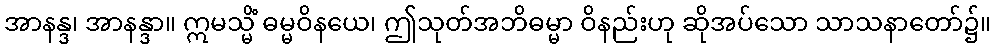
အာနန္ဒ၊ အာနန္ဒာ။ ဣမသ္မိံ ဓမ္မဝိနယေ၊ ဤသုတ်အဘိဓမ္မာ ဝိနည်းဟု ဆိုအပ်သော သာသနာတော်၌။